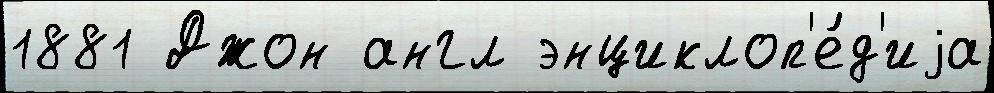
1881 Джон англ энциклоп'е́д'иjа